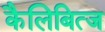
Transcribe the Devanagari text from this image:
कैलिबित्ज